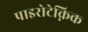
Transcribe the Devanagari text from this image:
पाइरोटेक्निक